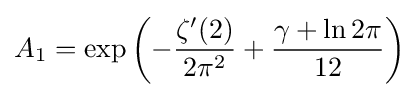
A_{1}=\exp \left(-{\frac {\zeta '(2)}{2\pi ^{2}}}+{\frac {\gamma +\ln 2\pi }{12}}\right)